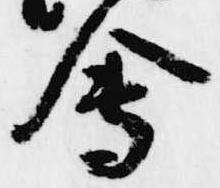
会